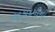
અકાદમીની